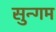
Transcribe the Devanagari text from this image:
सुन्गम